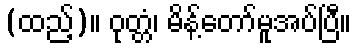
(ထည့်)။ ဝုတ္တံ၊ မိန့်တော်မူအပ်ပြီ။